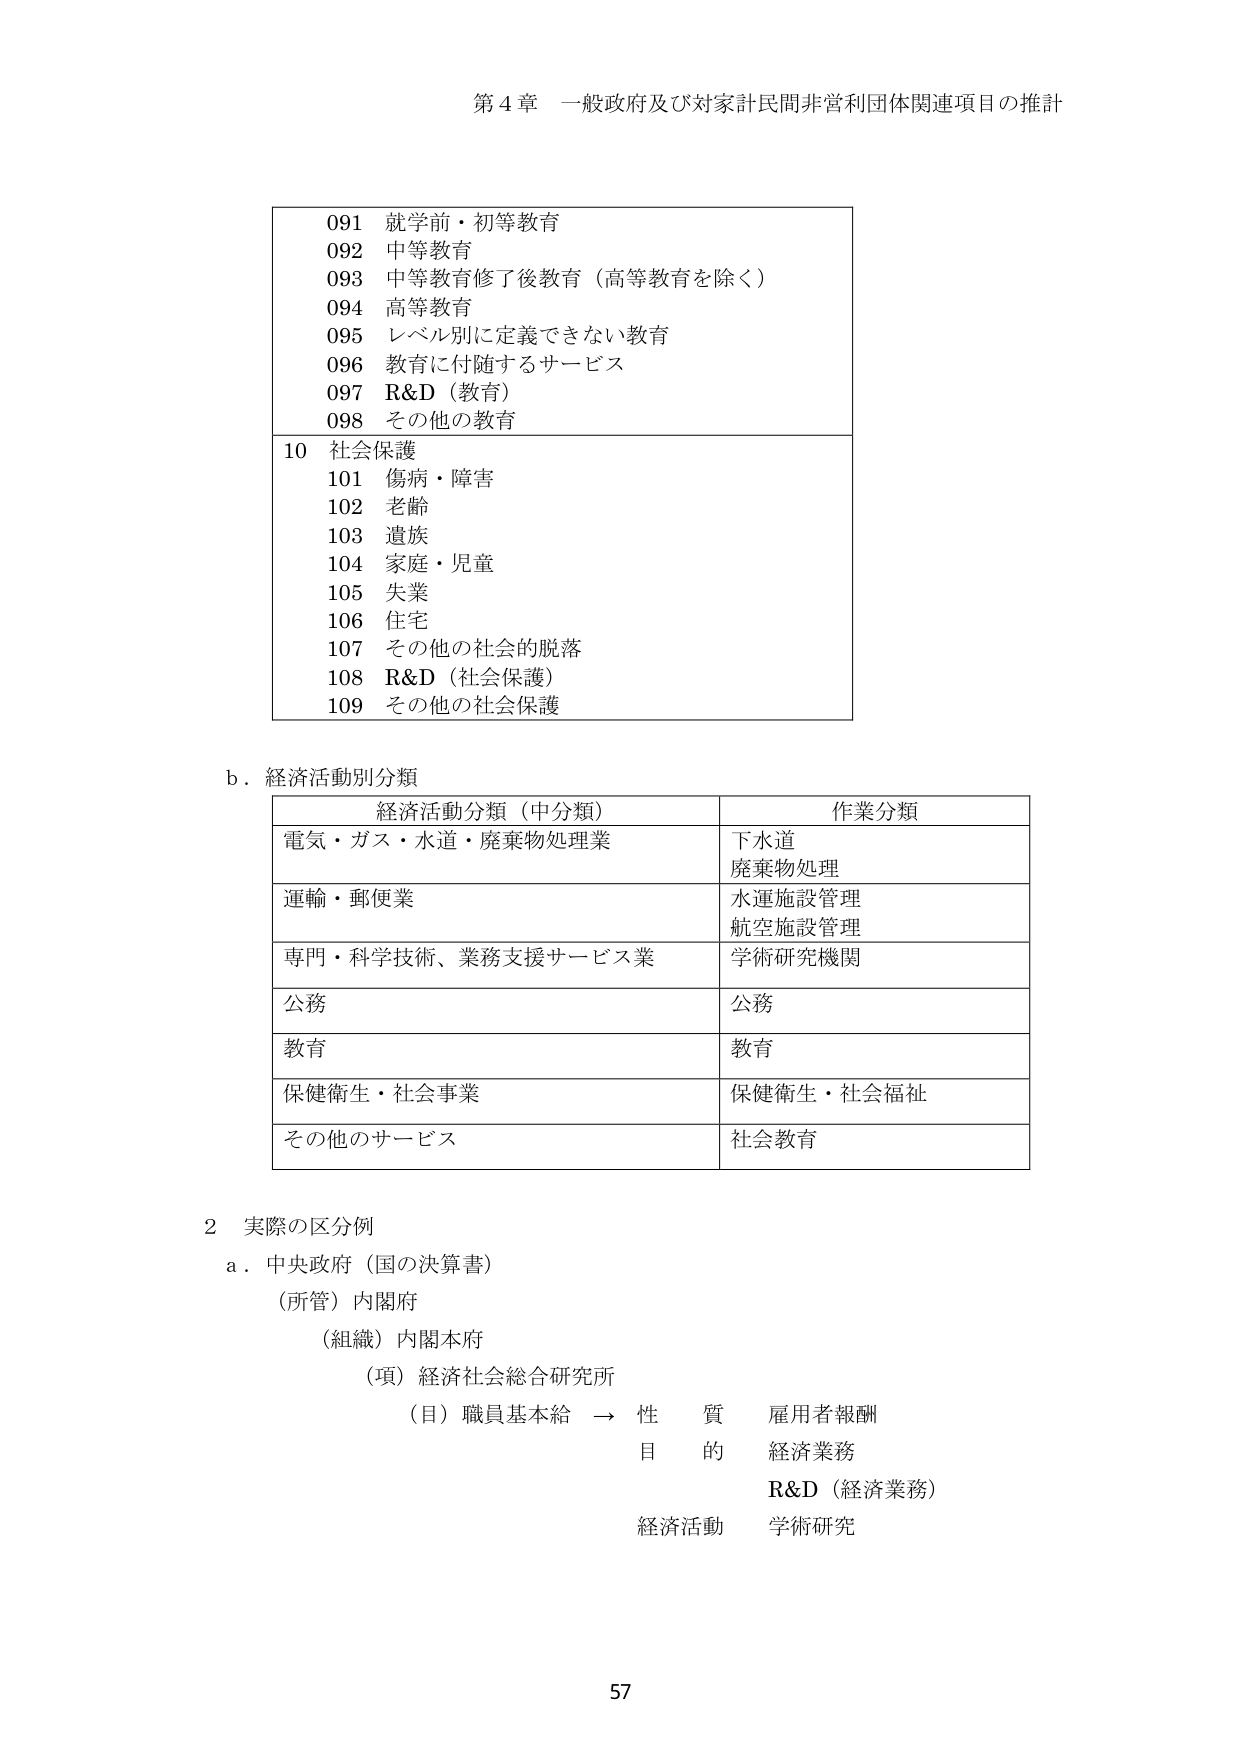
第４章 一般政府及び対家計民間非営利団体関連項目の推計

091 就学前・初等教育
092 中等教育
093 中等教育修了後教育（高等教育を除く）
094 高等教育
095 レベル別に定義できない教育
096 教育に付随するサービス
097 R&D（教育）
098 その他の教育

10 社会保護
101 傷病・障害
102 老齢
103 遺族
104 家庭・児童
105 失業
106 住宅
107 その他の社会的脱落
108 R&D（社会保護）
109 その他の社会保護

b．経済活動別分類

経済活動分類（中分類）　　　　　　　　　作業分類
電気・ガス・水道・廃棄物処理業　　　　　下水道
　　　　　　　　　　　　　　　　　　　　廃棄物処理
運輸・郵便業　　　　　　　　　　　　　　水運施設管理
　　　　　　　　　　　　　　　　　　　　航空施設管理
専門・科学技術、業務支援サービス業　　　学術研究機関
公務　　　　　　　　　　　　　　　　　　公務
教育　　　　　　　　　　　　　　　　　　教育
保健衛生・社会事業　　　　　　　　　　　保健衛生・社会福祉
その他のサービス　　　　　　　　　　　　社会教育

2 実際の区分例
a．中央政府（国の決算書）
　（所管）内閣府
　　（組織）内閣本府
　　　（項）経済社会総合研究所
　　　　（目）職員基本給 → 性質　雇用者報酬
　　　　　　　　　　　　　目的　経済業務
　　　　　　　　　　　　　　　　　R&D（経済業務）
　　　　　　　　　　　　　経済活動　学術研究

57